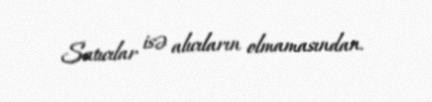
Satıcılar isə alıcıların olmamasından.